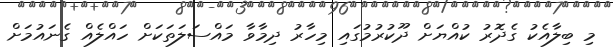
މި ބިލާއެކު ގެދޮރު ކުއްޔަށް ދޫކުރުމުގައި މިހާރު ދިމާވާ މައްސަލަތަކަށް ހައްލެއް ގެނައުމަށް